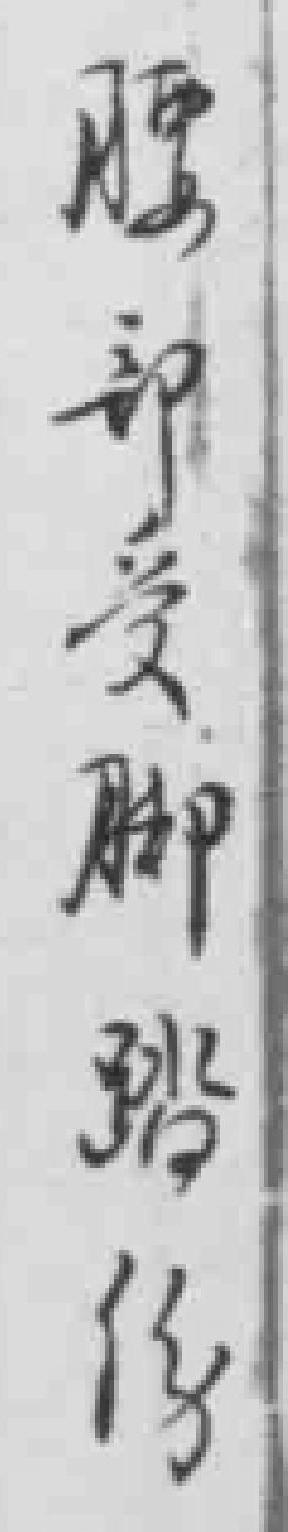
腰部受脚踏傷